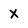
Character: x